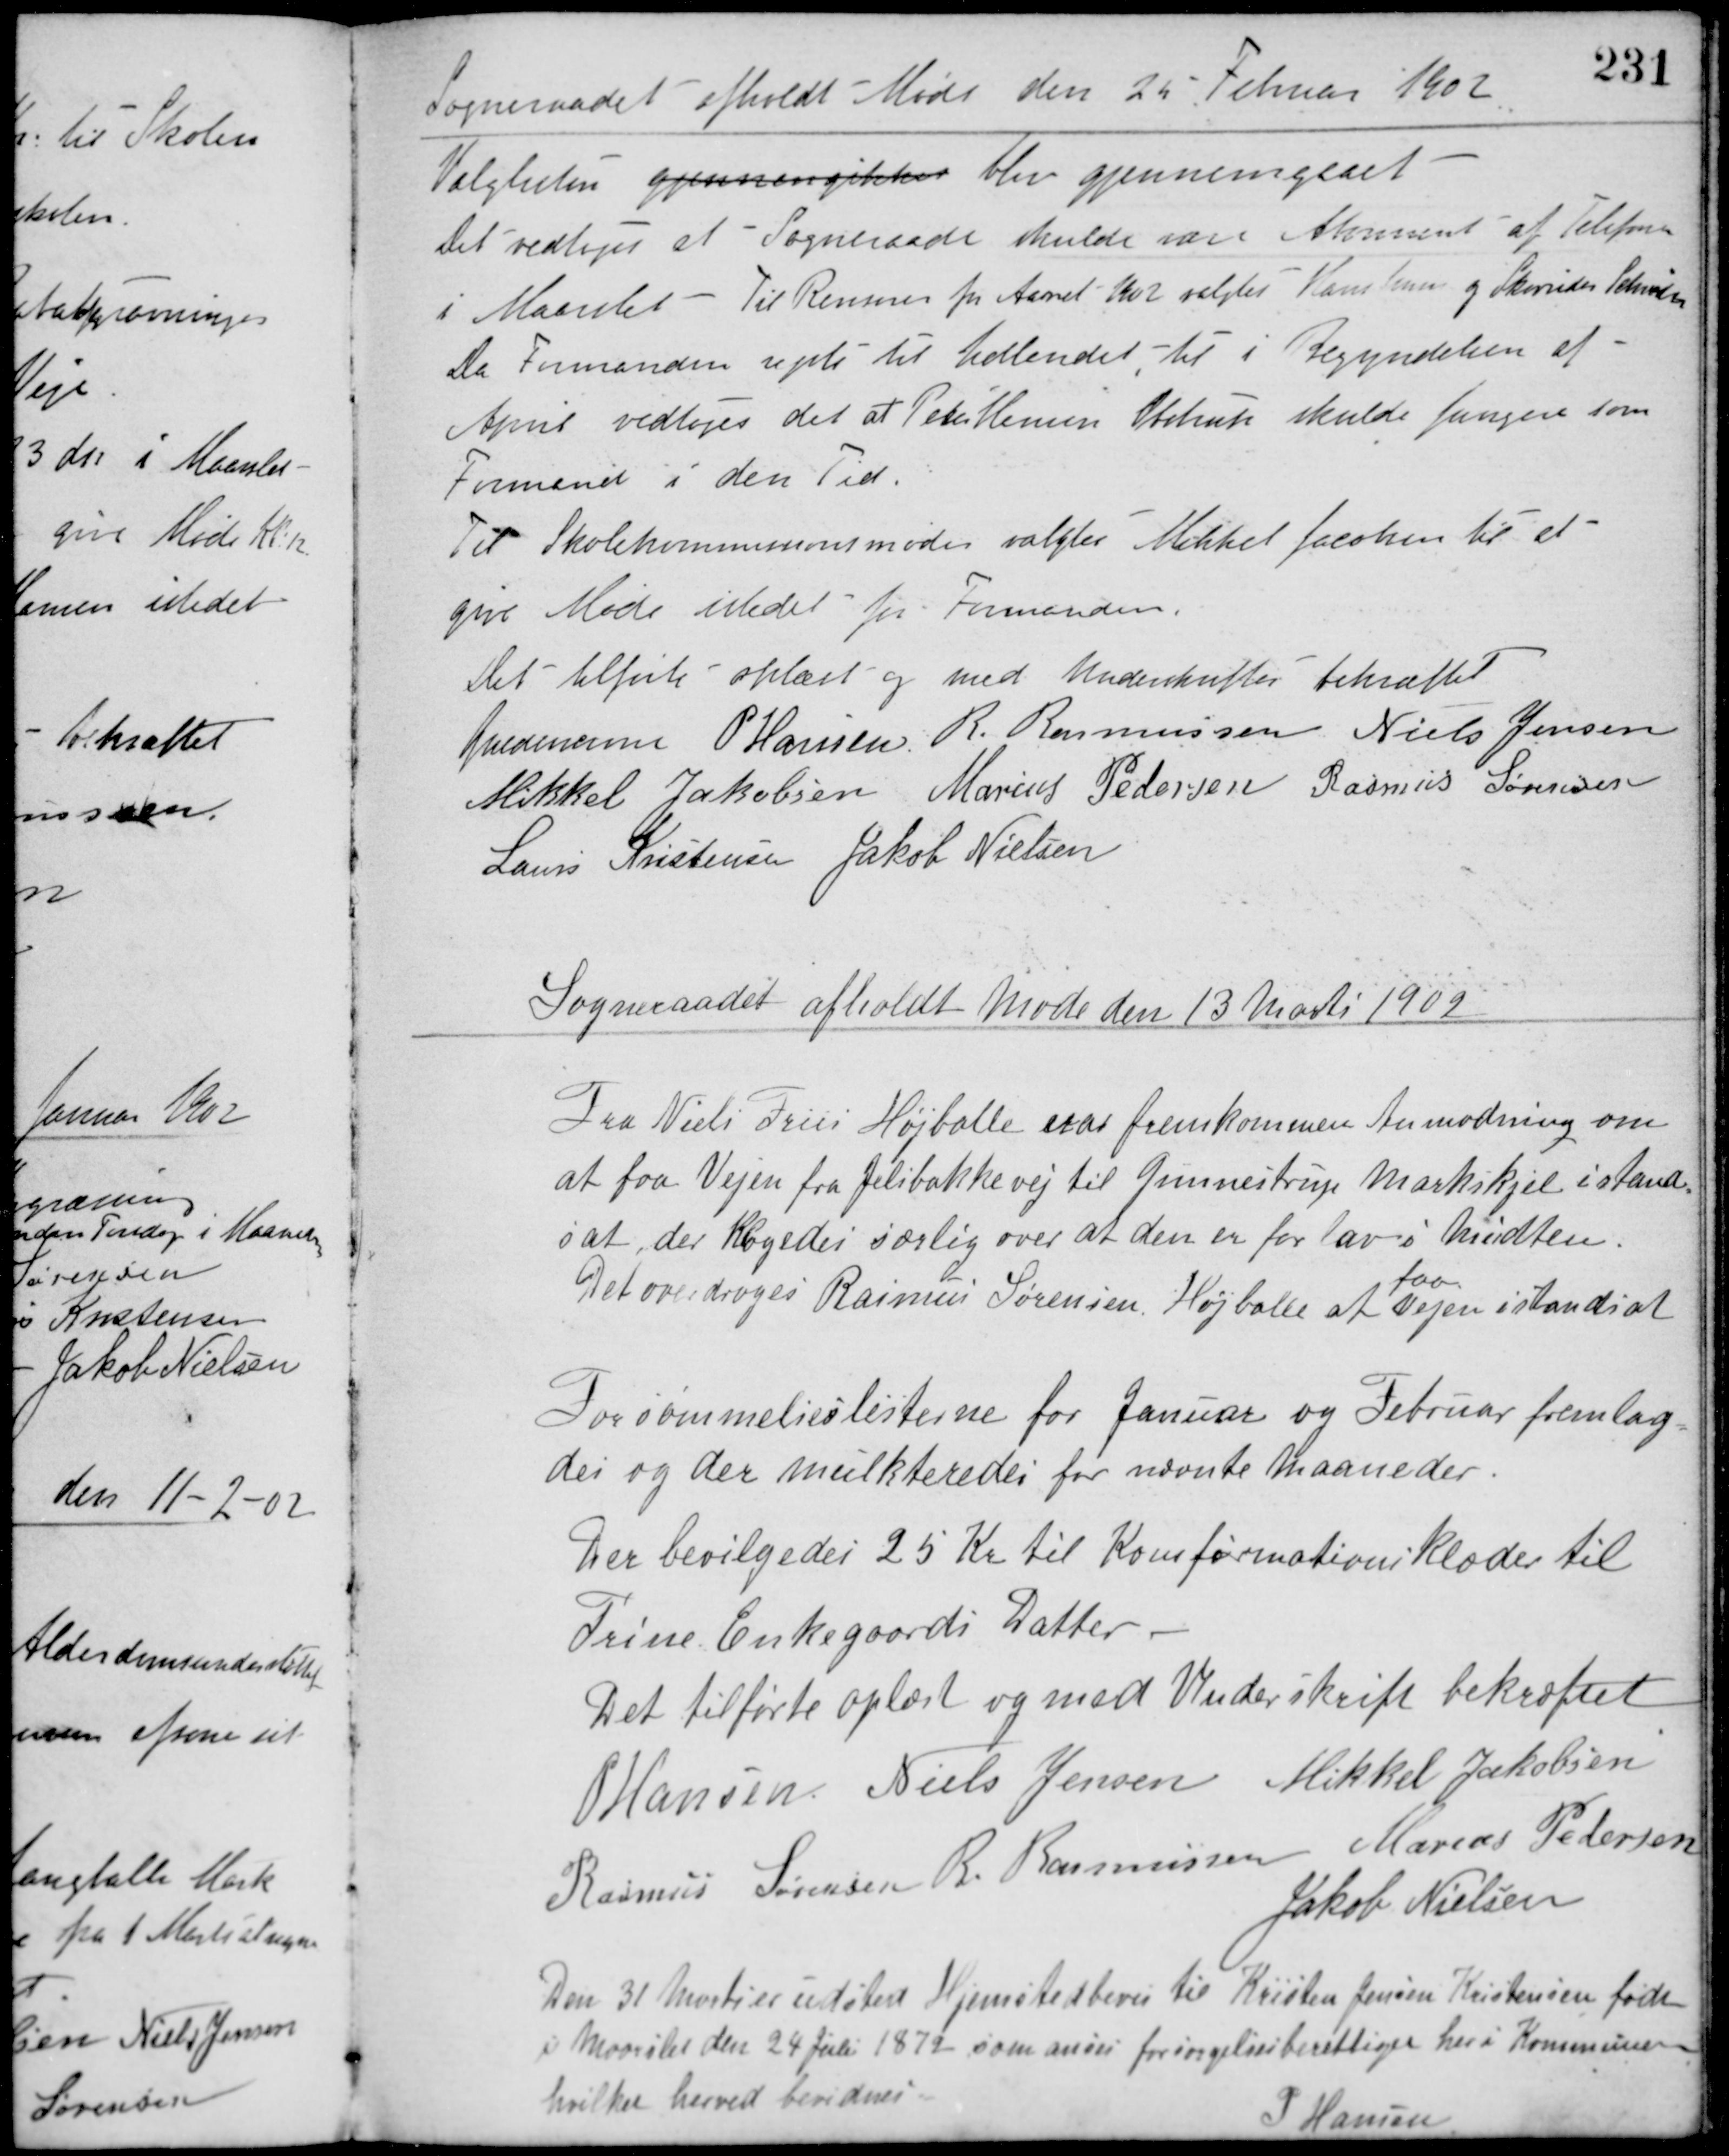
Transskription:
Sogneraadet afholdt Møde den 25 Februar 1902
Valglisten gjennemgikkes blev gjennemgaaet.
Det vedtoges at Sogneraade skulde være Abonnent af Telefon
i Maarslet - Til Revisorer for Aaret 1902 valgtes Hans Jensen og Skovrider Schrøder.
Da Formanden rejste til Udlandet til i Begyndelsen af
April vedtoges det at Peder Hansen Obstrup skulde fungere som
Formand i den Tid.
Til Skolekommissionsmøde valgtes Mikkel Jacobsen til at
give Møde istedet for Formanden.
Det tilførte oplæst og med Underskrifter bekræftet
Guldencrone P. Hansen R. Rasmussen Niels Jensen
Mikkel Jakobsen Marius Pedersen Rasmus Sørensen
Laurs Kristensen Jakob Nielsen
Sogneraadet afholdt Møde den 13 Marts 1902
Fra Niels Friis Højballe var fremkommen Anmodning om
at faa Vejen fra Jelsbakkevej til Gunnestrup Markskjel istand-
sat, der Klagedes særlig over at den er for lav i Midten.
Det overdroges Rasmus Sørensen, Højballe at
faa
Vejen istandsat
Forsømmelseslisterne for Januar og Februar fremlag
des og der mulkteredes for nævnte Maaneder.
Der bevilgedes 25 Kr. til Konfirmationsklæder til
Trine Enkegaards Datter.
Det tilførte oplæst og med Underskrift bekræftet
P. Hansen Niels Jensen Mikkel Jakobsen
Rasmus Sørensen R. Rasmussen Marius Pedersen
Jakob Nielsen
Den 31 Marts er udstedt Hjemstedbevis til Kristen Jensen Kristensen født
i Maarslet den 24 Juli 1872 som anses forsørgelsesberettiget her i Kommunen
hvilket herved bevidnes.
P. Hansen